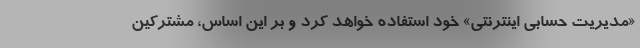
«مدیریت حسابی اینترنتی» خود استفاده خواهد کرد و بر این اساس، مشترکین